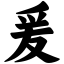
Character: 爰